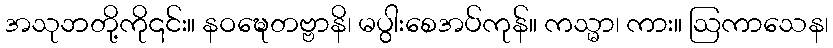
အသုဘတို့ကို၎င်း။ နဝဍ္ဎေတဗ္ဗာနိ၊ မပွါးစေအပ်ကုန်။ ကသ္မာ၊ ကား။ ဩကာသေန၊